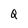
Character: Q